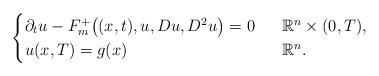
LaTeX: \begin{align*}\begin{cases}\partial_tu-F_m^+\big((x,t),u,Du,D^2u\big)=0~~&\mathbb R^n\times (0,T), \\u(x,T)=g(x)~~&\mathbb R^n.\end{cases}\end{align*}